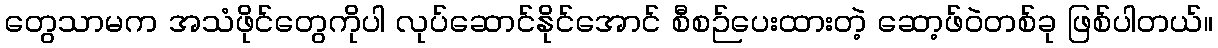
တွေသာမက အသံဖိုင်တွေကိုပါ လုပ်ဆောင်နိုင်အောင် စီစဉ်ပေးထားတဲ့ ဆော့ဖ်ဝဲတစ်ခု ဖြစ်ပါတယ်။